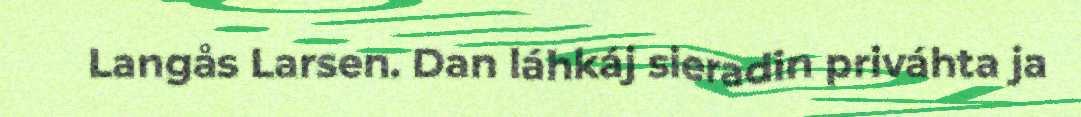
Langås Larsen. Dan láhkáj sieradin priváhta ja